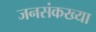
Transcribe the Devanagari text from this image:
जनसंकख्या